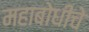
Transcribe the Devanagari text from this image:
महाबोधीचे